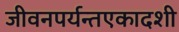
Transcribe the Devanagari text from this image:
जीवनपर्यन्तएकादशी